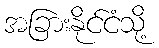
အခြားနိုင်ငံသို့